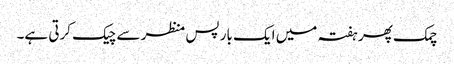
چمک پھر ہفتہ میں ایک بار پس منظر سے چیک کرتی ہے۔